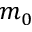
m _ { 0 }